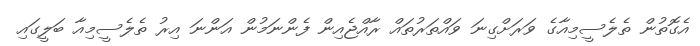
އެގޮތުން ތެލެސީމިއާގެ ވަރަށްގިނަ ވައްތަރުތައް ރާއްޖެއިން ފެންނަމުން އަންނަ އިރު ތެލެސީމިއާ ބަލީގައި